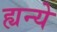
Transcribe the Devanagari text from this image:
ह्यन्ये